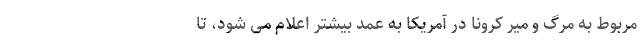
مربوط به مرگ و میر کرونا در آمریکا به عمد بیشتر اعلام می شود، تا